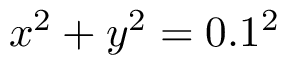
x ^ { 2 } + y ^ { 2 } = 0 . 1 ^ { 2 }